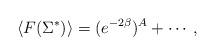
LaTeX: \begin{align*}\langle F( \Sigma^*) \rangle = ( e^{-2 \beta})^A + \cdots,\end{align*}